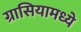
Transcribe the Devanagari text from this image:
ग्रासियामध्ये